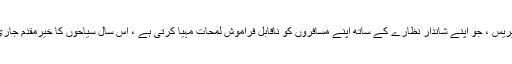
وانگالی ایکسپریس ، جو اپنے شاندار نظارے کے ساتھ اپنے مسافروں کو ناقابل فراموش لمحات مہیا کرتی ہے ، اس سال سیاحوں کا خیرمقدم جاری رکھے گی۔